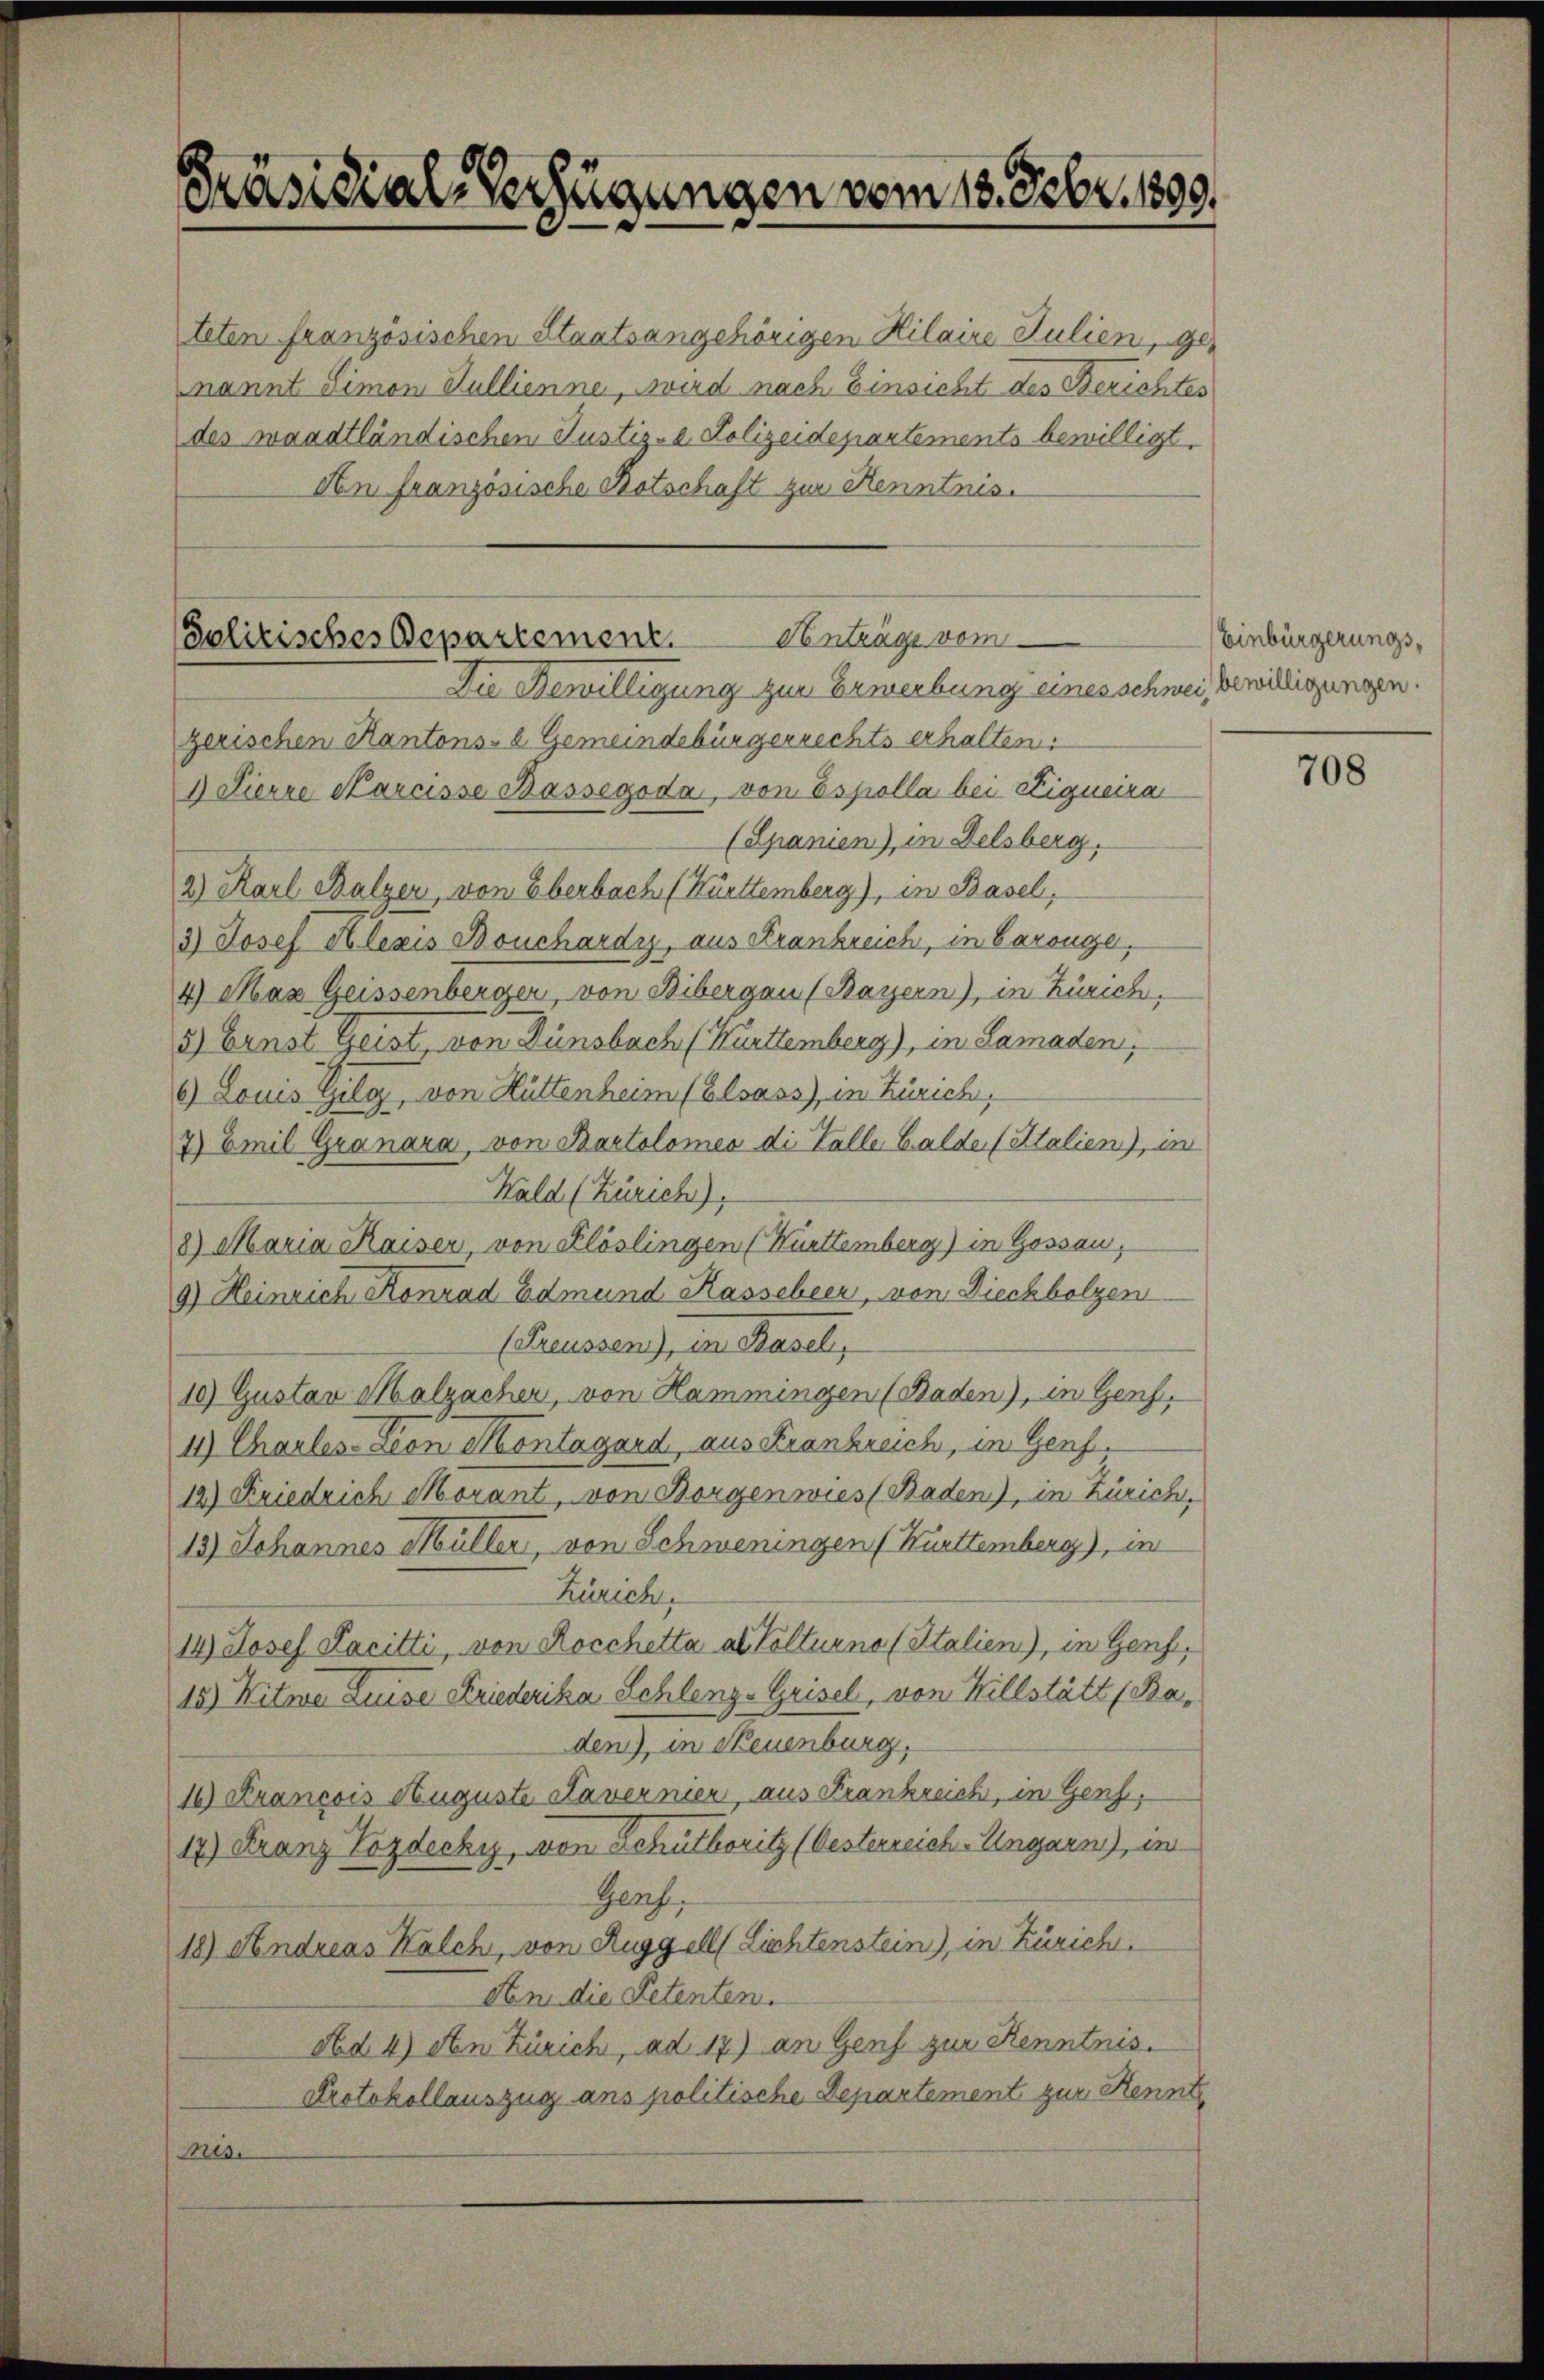
Präsidial-Verfügungen vom 13. Febr. 1899.

Solitisches Departement.

teten französischen Staatsangehörigen Hilaire Julien, genannt Simon Hullienne, wird nach Einsicht des Berichtes
des waadtländischen Justiz- & Polizeidepartements bewilligt.
An französische Botschaft zur Kenntnis.

Die Bewilligung zur Erwerbung eines schwei, bewilligungen.
zerischen Kantons- & Gemeindebürgerrechts erhalten.
I Zierre Karaisse Kassegoda, von Espolla bei Eigneira
(Spanien), in Delsberg.
2) Karl Balzer, von Eberbach (Kürttemberg), in Basel,
3) Josef Klezis Bouchardy, aus Frankreich, in Baronge,
4) Maz Geissenberger, von Bibergau (Bayern), in Zürich,
5) Ernst Geist, von Dünsbach (Kürttemberg), in Samaden,
6) Louis Gilg, von Hüttenheim (Elsass, in Zürich,
7) Emil Granara, von Bartolomeo di Valle Balde (Stalien), in
Wald (Zürich),
8) Maria Kaiser, von Klöslingen (Kurttemberg) in Gossau,
9.) Heinrich Konrad Edmund Kassebeer, von Dieckbolzen
(Preussen), in Basel,
10) Gustav Malzacher, von Hammingen (Baden), in Genf.
11) Charles-Leon Montagard aus Frankreich, in Genf.
12) Friedrich Morant, von Borgenwies Baden), in Zürich,
13) Johannes Müller, von Schweningen (Kurttemberg), in
Zürich,
14) Josef Facitti, von Rocchetta als Polturno (Italien), in Genf,
15) Witwe Luise Friederika Schlenz-Grisel, von Hillstätt (Baden), in Neuenburg,
14) Krancois Auguste Lavernier, aus Frankreich, in Genf,
17) Franz Vozdecky, von Schuthoritz (Oesterreich-Ungarn), in
Genf,
18) Andreas Kalch, von Ruggell (Lichtenstein), in Zürich.
don die Petenten.
Ad 4) An Zürich, ad 17) an Genf zur Kenntnis.
Protokollauszug ans politische Departement zur Kennt
is.

Anträge vom

Einbürgerungs¬

708